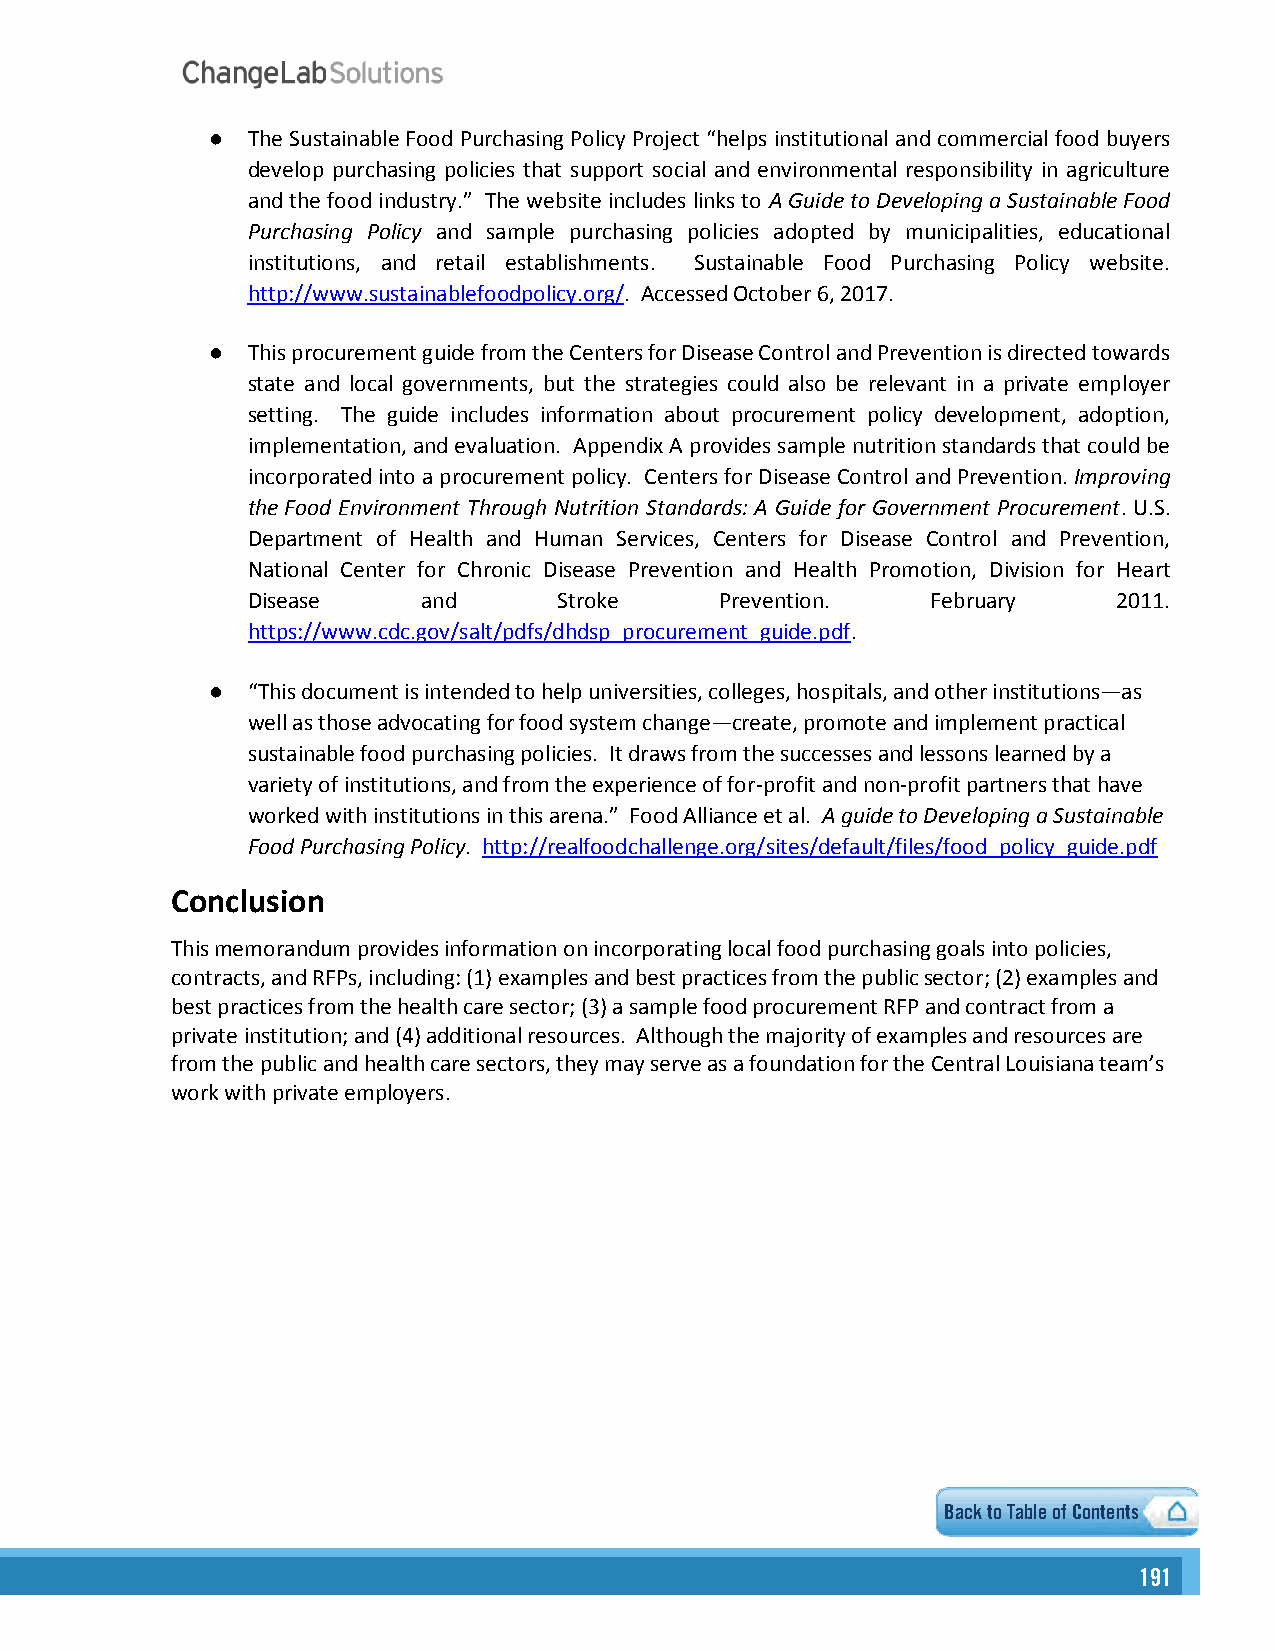
● The Sustainable Food Purchasing Policy Project “helps institutional and commercial food buyers
 develop purchasing policies that support social and environmental responsibility in agriculture
 and the food industry.” The website includes links to A Guide to Developing a Sustainable Food
 Purchasing Policy and sample purchasing policies adopted by municipalities, educational
 institutions, and retail establishments. Sustainable Food Purchasing Policy website.
 http://www.sustainablefoodpolicy.org/. Accessed October 6, 2017.
 ● This procurement guide from the Centers for Disease Control and Prevention is directed towards
 state and local governments, but the strategies could also be relevant in a private employer
 setting. The guide includes information about procurement policy development, adoption,
 implementation, and evaluation. Appendix A provides sample nutrition standards that could be
 incorporated into a procurement policy. Centers for Disease Control and Prevention. Improving
 the Food Environment Through Nutrition Standards: A Guide for Government Procurement. U.S.
 Department of Health and Human Services, Centers for Disease Control and Prevention,
 National Center for Chronic Disease Prevention and Health Promotion, Division for Heart
 Disease     and      Stroke     Prevention.   February    2011.
 https://www.cdc.gov/salt/pdfs/dhdsp_procurement_guide.pdf.
 ● “This document is intended to help universities, colleges, hospitals, and other institutions—as
 well as those advocating for food system change—create, promote and implement practical
 sustainable food purchasing policies. It draws from the successes and lessons learned by a
 variety of institutions, and from the experience of for-profit and non-profit partners that have
 worked with institutions in this arena.” Food Alliance et al. A guide to Developing a Sustainable
 Food Purchasing Policy. http://realfoodchallenge.org/sites/default/files/food_policy_guide.pdf
 Conclusion
 This memorandum provides information on incorporating local food purchasing goals into policies,
 contracts, and RFPs, including: (1) examples and best practices from the public sector; (2) examples and
 best practices from the health care sector; (3) a sample food procurement RFP and contract from a
 private institution; and (4) additional resources. Although the majority of examples and resources are
 from the public and health care sectors, they may serve as a foundation for the Central Louisiana team’s
 work with private employers.
 Back to Table of Contents
 changelabsolutions.org                                       9  191